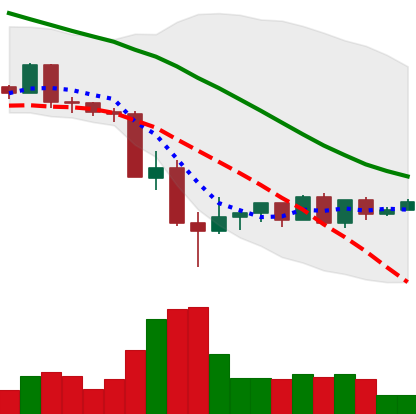
Ticker: LTC-USD
Chart end date: 2022-05-22
Forward return: -14.225%
Label: down_7plus